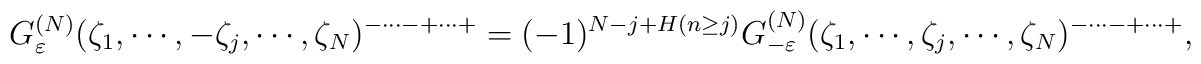
G^{(N)}_{\varepsilon}(\zeta_1,\cdots,-\zeta_j,\cdots,\zeta_N)^{-\cdots-+\cdots+}=(-1)^{N-j+H(n\ge j)}G^{(N)}_{-\varepsilon}(\zeta_1,\cdots,\zeta_j,\cdots,\zeta_N)^{-\cdots-+\cdots+},